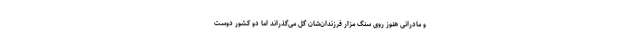
و مادرانی هنوز روی سنگ مزار فرزندان‌شان گل می‌گذراند اما دو کشور دوست